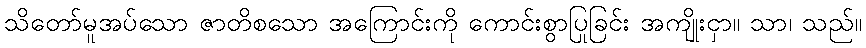
သိတော်မူအပ်သော ဇာတိစသော အကြောင်းကို ကောင်းစွာပြုခြင်း အကျိုးငှာ။ သာ၊ သည်။